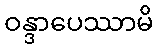
ဝန္ဒာပေဿာမိ